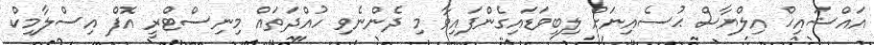
އައްޝައިޚް އިލްޔާސް ޙުސެއިނަށް ލިބިވަޑައިގެންފައިވާ މި ދެންނެވި ހުއްދަތައް މިނިސްޓްރީ އޮފް އިސްލާމިކް